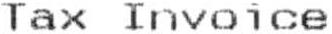
TAX INVOICE